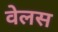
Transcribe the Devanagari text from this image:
वेलस